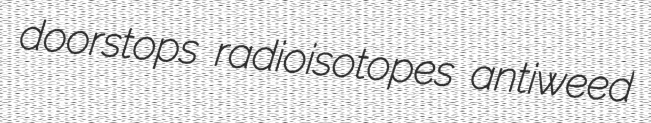
doorstops radioisotopes antiweed